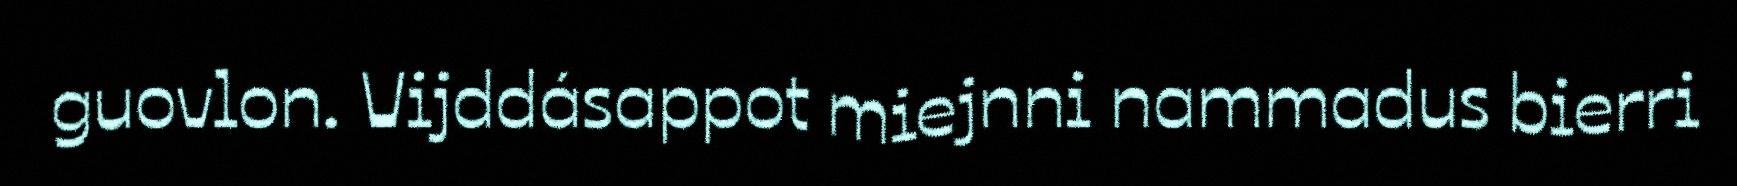
guovlon. Vijddásappot miejnni nammadus bierri